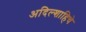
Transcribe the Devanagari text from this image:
अदिल्शाहिचे